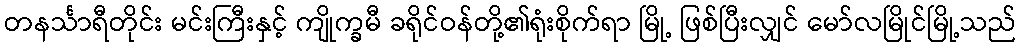
တနင်္သာရီတိုင်း မင်းကြီးနှင့် ကျိုက္ခမီ ခရိုင်ဝန်တို့၏ရုံးစိုက်ရာ မြို့ ဖြစ်ပြီးလျှင် မော်လမြိုင်မြို့သည်